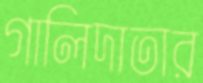
গালিদাতার